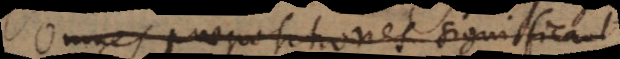
Omnes praepositiones significant